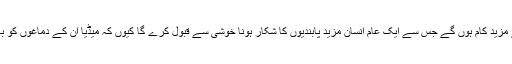
یہ سب کام آج کے دور میں ہو رہے ہیں اور مستقبل میں ایسے مزید کام ہوں گے جس سے ایک عام انسان مزید پابندیوں کا شکار ہونا خوشی سے قبول کرے گا کیوں کہ میڈیا ان کے دماغوں کو بھی محدود کر کے فقط شاہدولہ پیر کے چوہے جتنا بنا رہا ہے۔